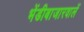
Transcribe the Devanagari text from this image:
भेंडीबाजारवालें